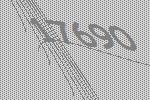
17690